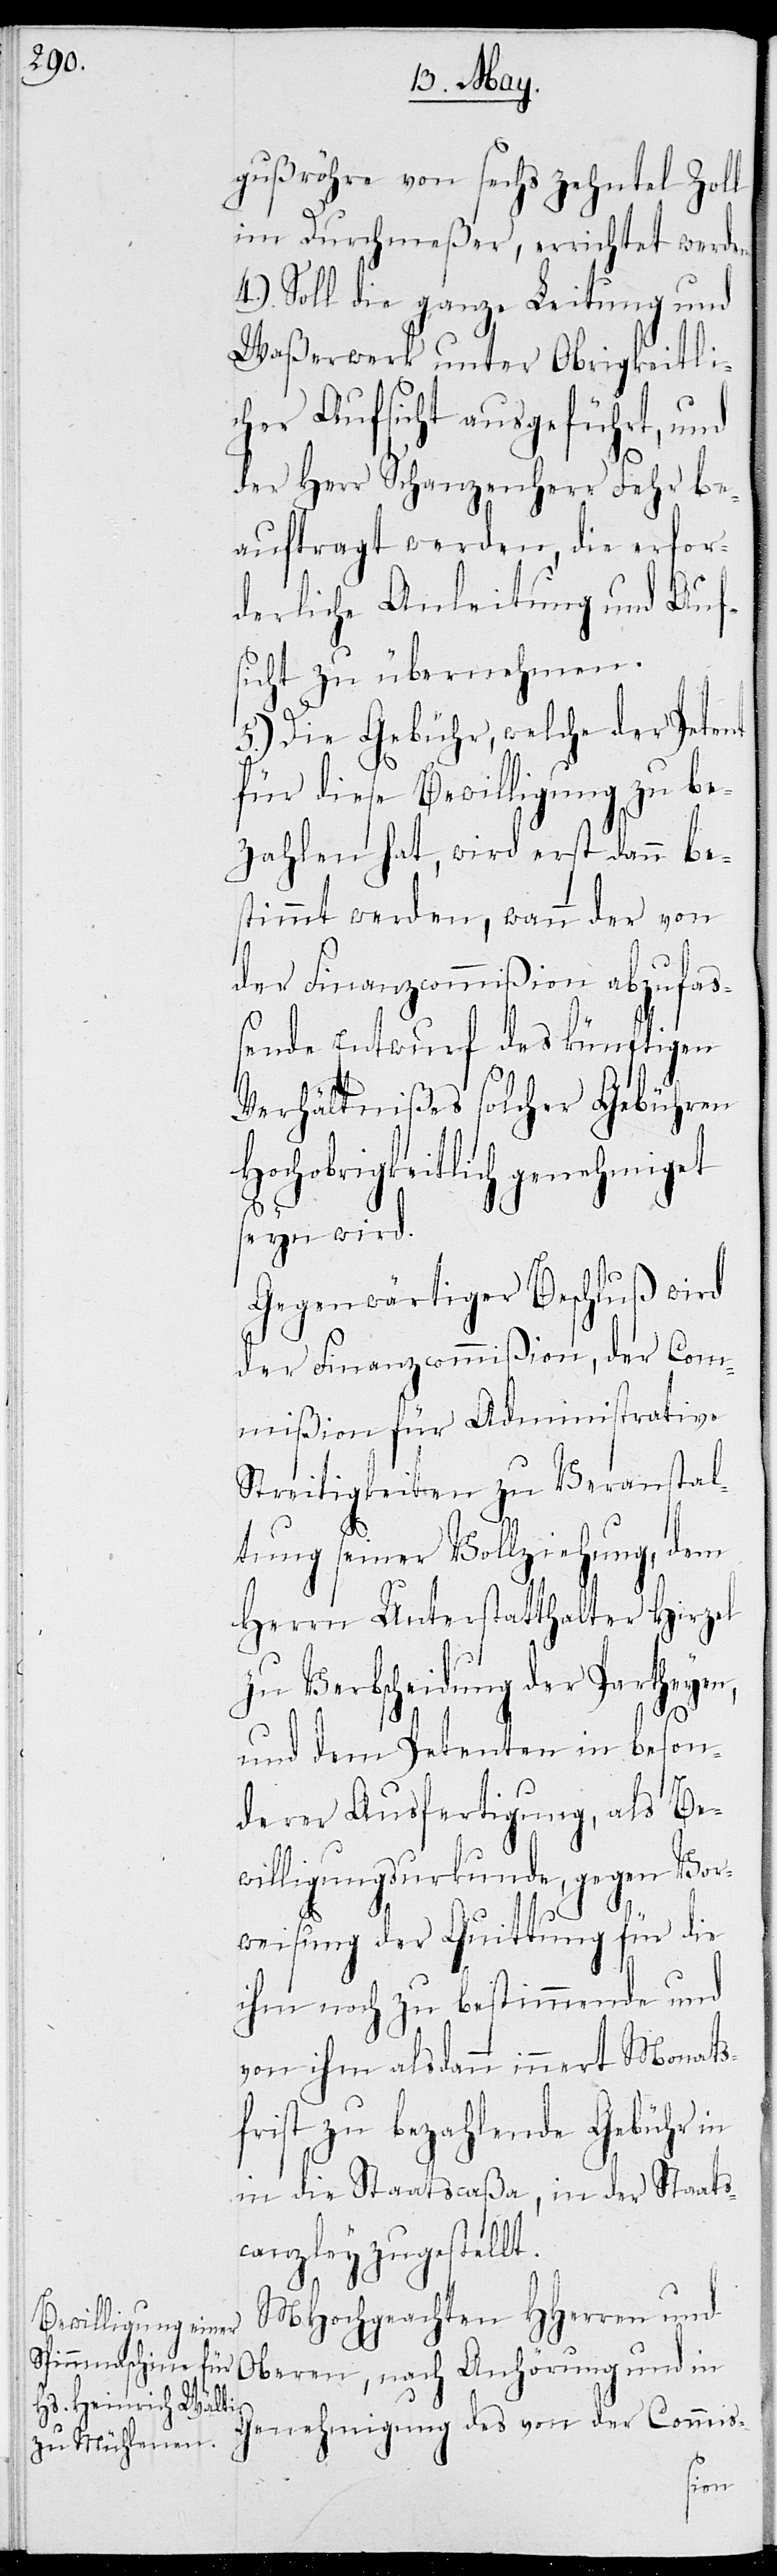
gußröhre von sechs Zehntel Zoll
im Durchmeßer, errichtet werden.
4.) Soll die ganze Leitung und
Waßerwerk unter Obrigkeitli¬
cher Aufsicht ausgeführt, und
der Herr Schanzenherr Fehr be¬
auftragt werden, die erfor¬
derliche Anleitung und Auf¬
sicht zu übernehmen.
5.) Die Gebühr, welche der Petent
für diese Bewilligung zu be¬
zahlen hat, wird erst dann be¬
stimmt werden, wann der von
der Finanzcommißion abzufaß¬
ende Entwurf des künftigen
Verhältnißes solcher Gebühren
Hochobrigkeitlich genehmiget
seyn wird.
Gegenwärtiger Beschluß wird
der Finanzcommißion, der Com¬
mißion für Administrative
Streitigkeiten zu Veranstal¬
tung seiner Vollziehung, dem
Herrn Unterstatthalter Hirzel
zu Verbscheidung der Partheyen,
und dem Petenten in beson¬
derer Ausfertigung, als Be¬
willigungsurkunde, gegen Vor¬
weisung der Quittung für die
ihm noch zu bestimmende und
von ihm alsdann innert Monats¬
frist zu bezahlende Gebühr
in die Staatscaßa, in der Staats¬
canzley zugestellt.
MHochgeachten HHerren und
Oberen, nach Anhörung und in
Genehmigung des von der Commis-